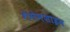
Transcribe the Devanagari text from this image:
गेगेनशाइन